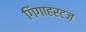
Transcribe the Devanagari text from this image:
गिगाहरटज़